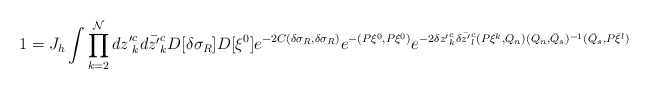
\begin{align*}1=J_h \int \prod_{k=2}^{\cal N} d{z'}^c_k d\bar {z'}^c_kD[\delta \sigma_R]D[\xi^0] e^{-2C(\delta \sigma_R, \delta \sigma_R)} e^{-(P\xi^0, P\xi^0)}e^{-2\delta {z'}^c_k \delta \bar {z'}^c_l(P\xi^{k}, Q_n)(Q_n,\bar Q_s)^{-1}(\bar Q_s, P\bar \xi^{l})}\end{align*}